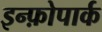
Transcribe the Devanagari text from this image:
इन्फ़ोपार्क